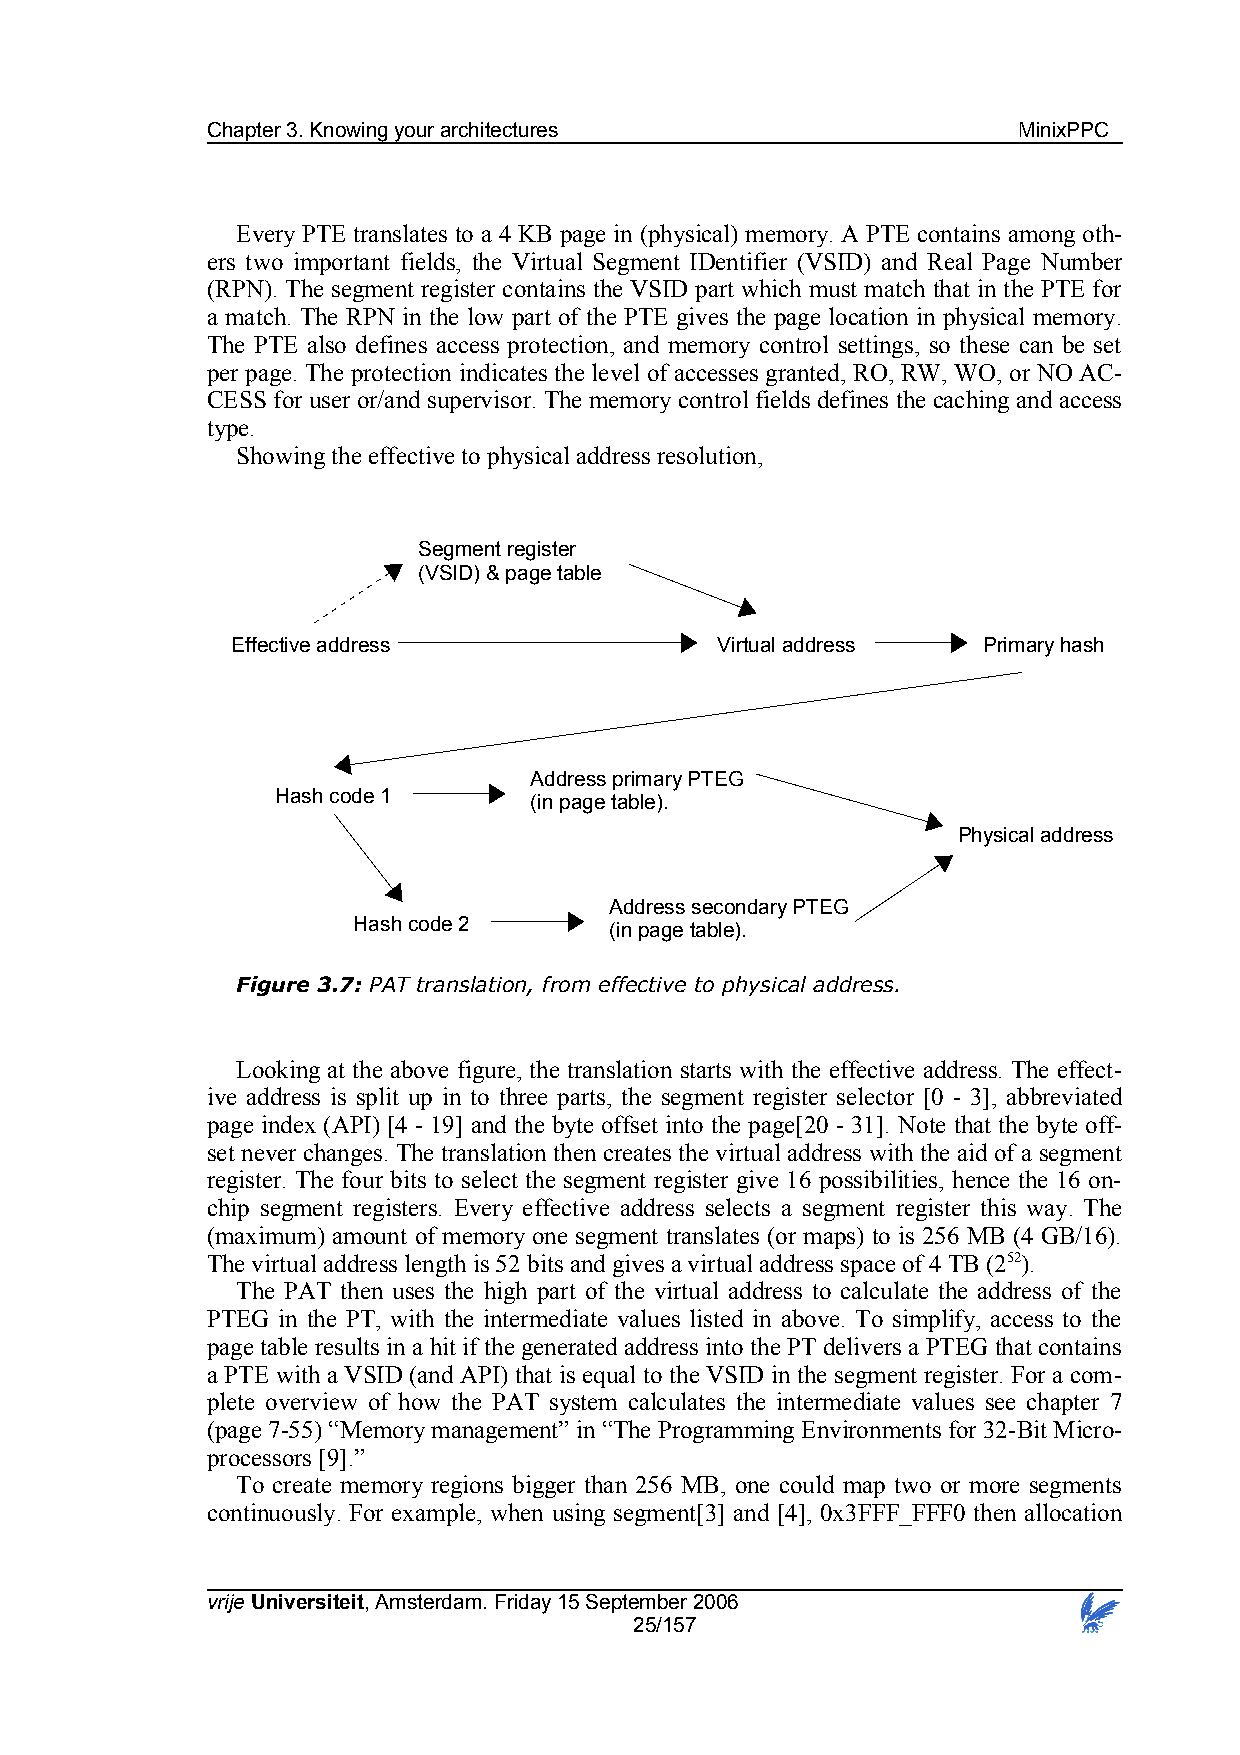
Chapter 3. Knowing your architectures                MinixPPC
 Every PTE translates to a 4 KB page in (physical) memory. A PTE contains among oth-
 ers two important fields, the Virtual Segment IDentifier (VSID) and Real Page Number
 (RPN). The segment register contains the VSID part which must match that in the PTE for
 a match. The RPN in the low part of the PTE gives the page location in physical memory.
 The PTE also defines access protection, and memory control settings, so these can be set
 per page. The protection indicates the level of accesses granted, RO, RW, WO, or NO AC-
 CESS for user or/and supervisor. The memory control fields defines the caching and access
 type.
 Showing the effective to physical address resolution,
 Segment register
 (VSID) & page table
 Effective address               Virtual address   Primary hash
 Address primary PTEG
 Hash code 1      (in page table).
 Physical address
 Address secondary PTEG
 Hash code 2      (in page table).
 Figure 3.7: PAT translation, from effective to physical address.
 Looking at the above figure, the translation starts with the effective address. The effect-
 ive address is split up in to three parts, the segment register selector [0 - 3], abbreviated
 page index (API) [4 - 19] and the byte offset into the page[20 - 31]. Note that the byte off-
 set never changes. The translation then creates the virtual address with the aid of a segment
 register. The four bits to select the segment register give 16 possibilities, hence the 16 on-
 chip segment registers. Every effective address selects a segment register this way. The
 (maximum) amount of memory one segment translates (or maps) to is 256 MB (4 GB/16).
 The virtual address length is 52 bits and gives a virtual address space of 4 TB (252).
 The PAT then uses the high part of the virtual address to calculate the address of the
 PTEG in the PT, with the intermediate values listed in above. To simplify, access to the
 page table results in a hit if the generated address into the PT delivers a PTEG that contains
 a PTE with a VSID (and API) that is equal to the VSID in the segment register. For a com-
 plete overview of how the PAT system calculates the intermediate values see chapter 7
 (page 7-55) “Memory management” in “The Programming Environments for 32-Bit Micro-
 processors [9].”
 To create memory regions bigger than 256 MB, one could map two or more segments
 continuously. For example, when using segment[3] and [4], 0x3FFF_FFF0 then allocation
 vrije Universiteit, Amsterdam. Friday 15 September 2006
 25/157